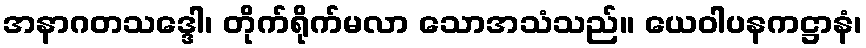
အနာဂတသဒ္ဒေါ၊ တိုက်ရိုက်မလာ သောအသံသည်။ ယေဝါပနကဋ္ဌာနံ၊